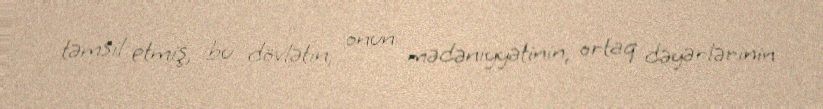
təmsil etmiş, bu dövlətin, onun mədəniyyətinin, ortaq dəyərlərinin